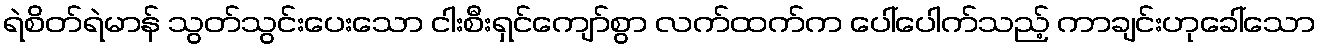
ရဲစိတ်ရဲမာန် သွတ်သွင်းပေးသော ငါးစီးရှင်ကျော်စွာ လက်ထက်က ပေါ်ပေါက်သည့် ကာချင်းဟုခေါ်သော